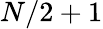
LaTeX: N/2+1